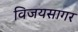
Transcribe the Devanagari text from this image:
विजयसागर